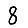
Digit: 8